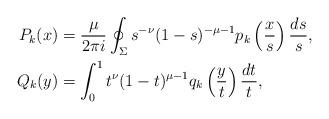
LaTeX: \begin{align*} P_k(x) & = \frac{\mu}{2\pi i} \oint_{\Sigma} s^{-\nu} (1-s)^{-\mu-1} p_k \left( \frac{x}{s} \right) \frac{ds}{s}, \\ Q_k(y) & = \int_0^{1} t^{\nu} (1-t)^{\mu-1} q_k \left( \frac{y}{t} \right) \frac{dt}{t}, \end{align*}